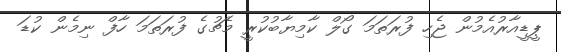
ޕީޑީއާރުއެމުން ޖެހި ފުރަތަމަ ގޯލް ކާމިޔާބުކުރީ މެޗުގެ ފުރަތަމަ ހާފް ނިމެން ކުޑަ